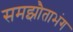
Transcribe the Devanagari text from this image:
समझौताभंग